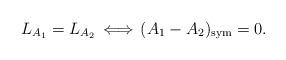
LaTeX: \begin{align*}L_{A_1}=L_{A_2}\,\Longleftrightarrow\,(A_1-A_2)_{\rm sym}=0.\end{align*}